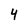
Character: 4